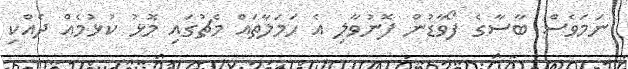
ނަމަވެސް ބާސާގެ ފޯވާޑުން ފޮނުވާލި އެ ހަމަލާތައް މެޗުގައި މޮޅު ކުޅުމެއް ދެއްކި